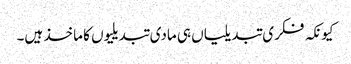
کیونکہ فکری تبدیلیاں ہی مادی تبدیلیوں کا ماخذ ہیں۔